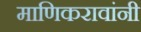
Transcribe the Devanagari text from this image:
माणिकरावांनी